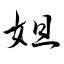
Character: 妲